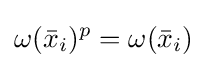
\omega ({\bar {x}}_{i})^{p}=\omega ({\bar {x}}_{i})